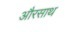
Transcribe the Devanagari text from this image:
औरसाथ